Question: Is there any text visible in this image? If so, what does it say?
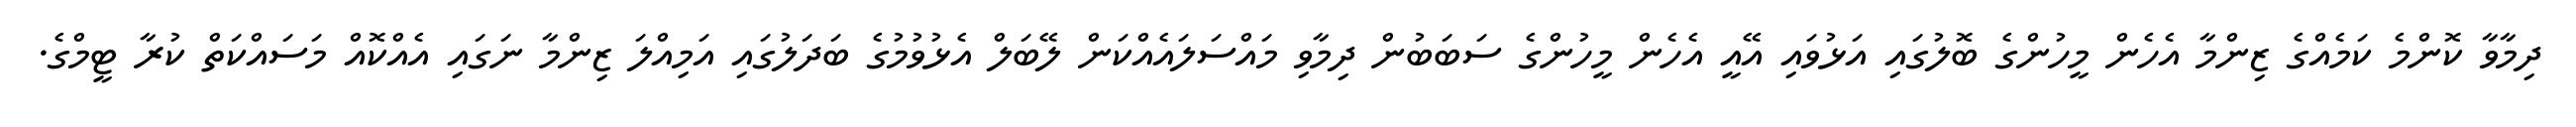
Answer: ދިމާވާ ކޮންމެ ކަމެއްގެ ޒިންމާ އެހެން މީހުންގެ ބޮލުގައި އަޅުވައި އޭއީ އެހެން މީހުންގެ ސަބަބުން ދިމާވި މައްސަލައެއްކަން ލޭބަލް އެޅުވުމުގެ ބަދަލުގައި އަމިއްލަ ޒިންމާ ނަގައި އެއްކޮއް މަސައްކަތް ކުރާ ޓީމްގެ.